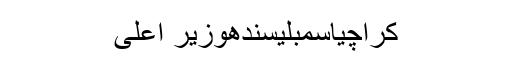
کراچیاسمبلیسندھوزیر اعلیٰ